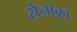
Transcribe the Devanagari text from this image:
सेनाका